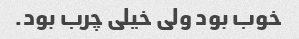
خوب بود ولی خیلی چرب بود.